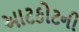
આટકોટની